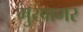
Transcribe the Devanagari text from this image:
मुखामर